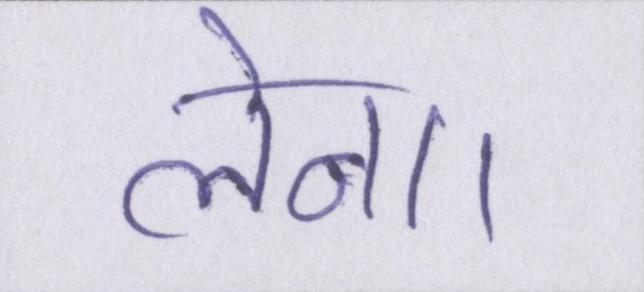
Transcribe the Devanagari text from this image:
लेना।